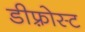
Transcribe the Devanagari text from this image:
डीफ़्रोस्ट